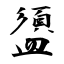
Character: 盨